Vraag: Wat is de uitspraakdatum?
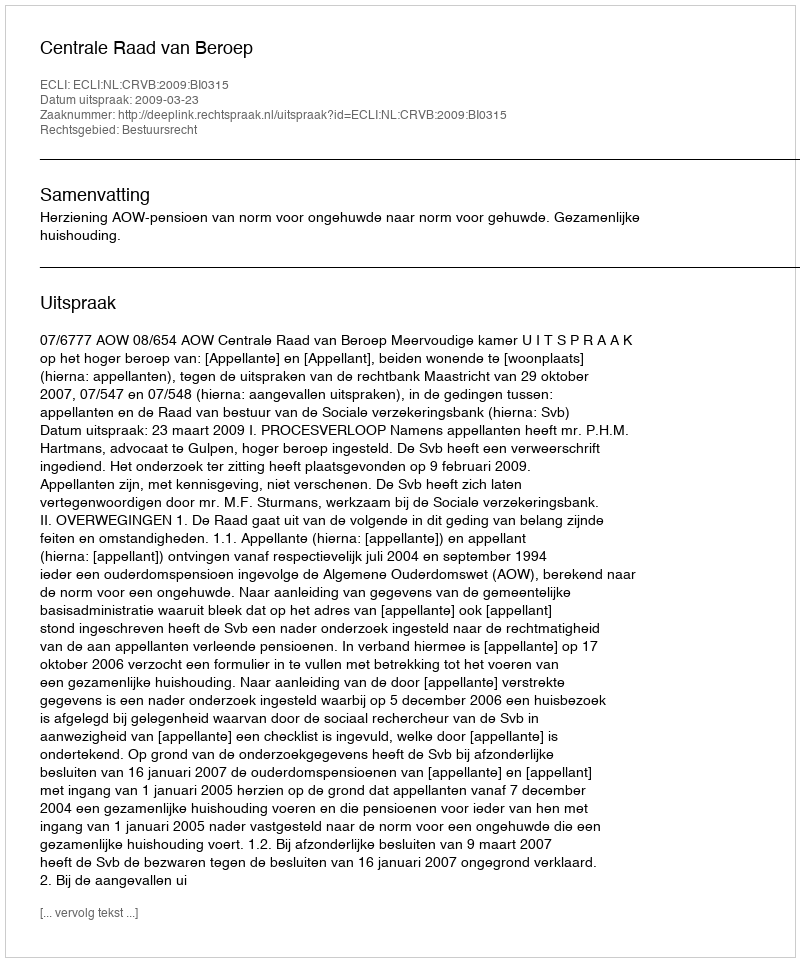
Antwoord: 2009-03-23